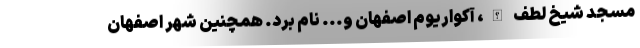
مسجد شیخ لطف الله، آکواریوم اصفهان و... نام برد. همچنین شهر اصفهان